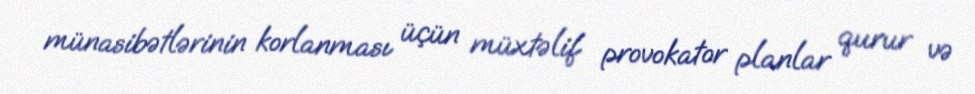
münasibətlərinin korlanması üçün müxtəlif provokator planlar qurur və